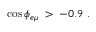
\cos { \phi _ { e \mu } } \; > \; - 0 . 9 \; .